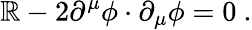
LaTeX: \mathbb{R}-2\partial^{\mu}\phi\cdot\partial_{\mu}\phi=0\ .